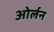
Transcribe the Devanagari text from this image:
ओर्लन